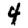
Digit: 4